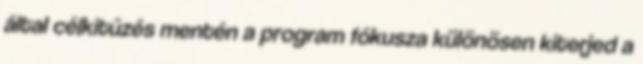
által célkitűzés mentén a program fókusza különösen kiterjed a